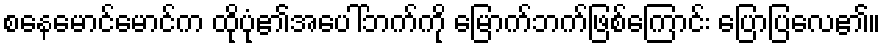
စနေမောင်မောင်က ထိုပုံ၏အပေါ်ဘက်ကို မြောက်ဘက်ဖြစ်ကြောင်း ပြောပြလေ၏။